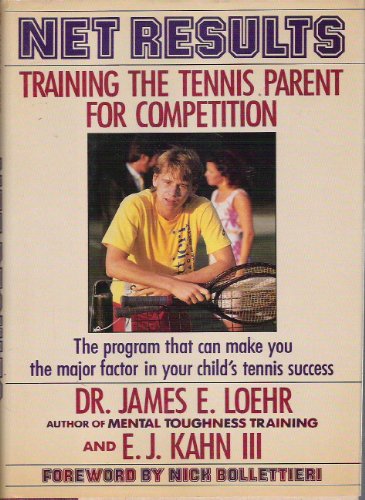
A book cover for Net Results: Training the Tennis Parent for Competition; James E. Loehr; Sports & Outdoors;